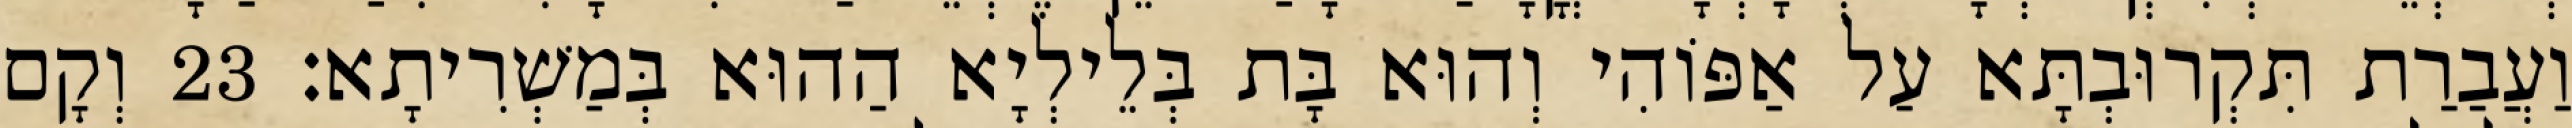
וַעֲבַרַת תִּקְרוּבְתָּא עַל אַפּוֹהִי וְהוּא בָּת בְּלֵילְיָא הַהוּא בְּמַשְׁרִיתָא׃ 23 וְקָם